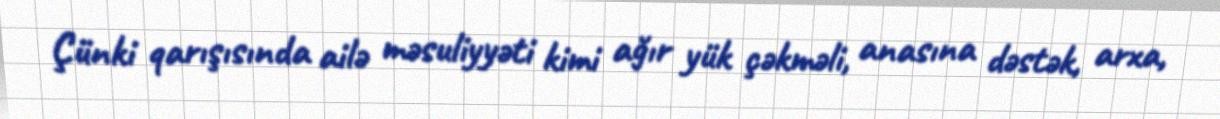
Çünki qarışısında ailə məsuliyyəti kimi ağır yük çəkməli, anasına dəstək, arxa,